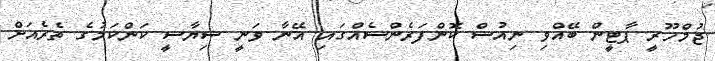
ޖުމްހޫރީ ޕާޓީން ބޭއްވި ނިއުސް ކޮންފަރެންސެއްގައި އޭނާ ވަނީ ސިޔާސީ ކަންކަމުގެ ތެރެއަށް